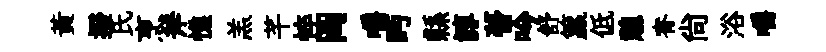
黄撥氏烹斧憔羔芊悴岡嚼眄縣諄瞢吟舒籯低憩脊尚浴嚼